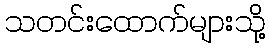
သတင်းထောက်များသို့